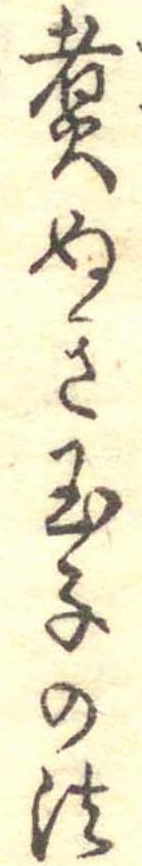
煮ぬき玉子の法